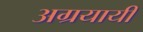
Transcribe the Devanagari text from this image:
अग्रयायी